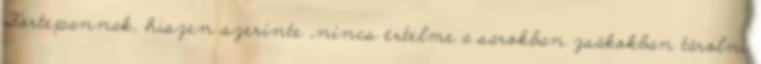
Fortepannak, hiszen szerinte „nincs értelme a sarokban zsákokban tárolni